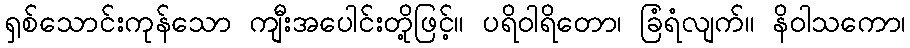
ရှစ်သောင်းကုန်သော ကျီးအပေါင်းတို့ဖြင့်။ ပရိဝါရိတော၊ ခြံရံလျက်။ နိဝါသကော၊